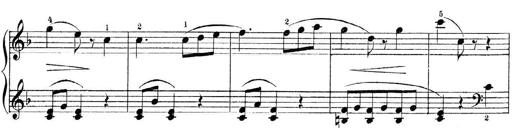
Title: 3 Piano Sonatinas
Composer: Paul Zilcher
Key: C major; G major; F major